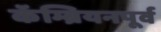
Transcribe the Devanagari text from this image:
कॅम्ब्रियनपूर्व